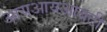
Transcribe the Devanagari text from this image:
आयआयआयटी